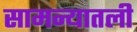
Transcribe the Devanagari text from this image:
सामन्यातली